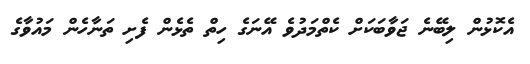
އެކޮޅުން ލިބޭނެ ޖަވާބަކަށް ކެތްމަދުވެ އޭނަގެ ހިތް ތެޅެން ފެށި ތަނާހެން މައުވާގެ